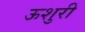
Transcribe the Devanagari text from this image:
ऊशुरी